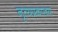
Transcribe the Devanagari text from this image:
नृत्यप्रकारच्या